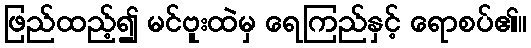
ဖြည်ထည့်၍ မင်ဗူးထဲမှ ရေကြည်နှင့် ရောစပ်၏။